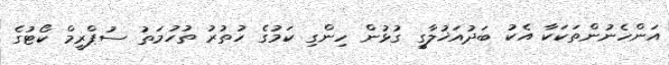
އަންހެނުންތަަކަކާ އެކު ބަދުއަޚުލާގީ ގުޅުން ހިންގި ކަމުގެ ހުތުރު ތުހުމަތު ސުޕްރީމް ކޯޓުގެ